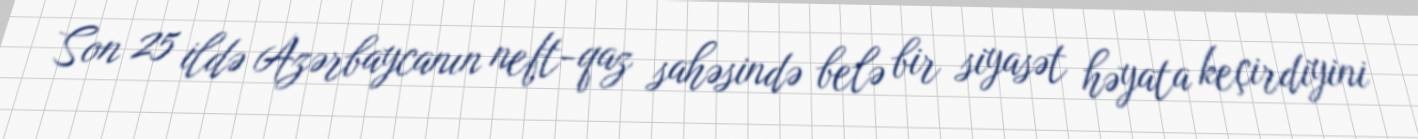
Son 25 ildə Azərbaycanın neft-qaz sahəsində belə bir siyasət həyata keçirdiyini